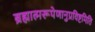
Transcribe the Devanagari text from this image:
ब्रह्मात्मरूपेणानुप्रविष्टमिति